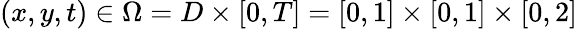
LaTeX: (x,y,t)\in\Omega=D\times[0,T]=[0,1]\times[0,1]\times[0,2]